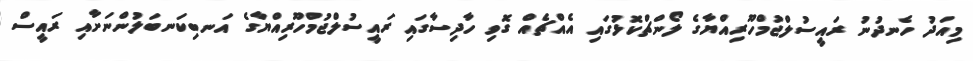
މިއަދު ހެނދުނު ރައީސުލްޖުމްހޫރިއްޔާގެ ލޯންޗްކޮޅުގައި އެއްޗެއް ގޮވި ހާދިސާގައި ރައީސުލްޖުމްހޫރިއްޔާގެ އަނބިކަނބަލުންނަށާއި ރައީސް